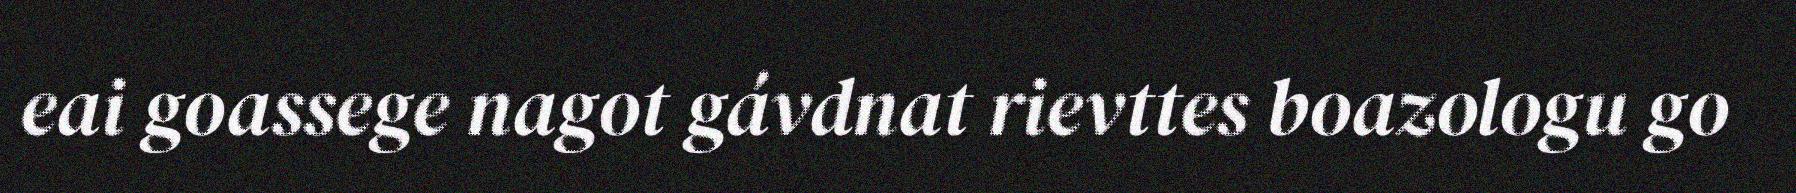
eai goassege nagot gávdnat rievttes boazologu go